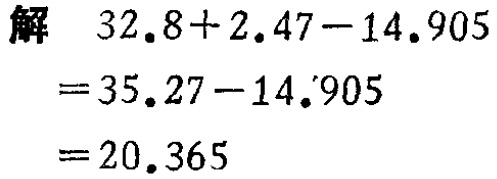
```
解
$32.8 + 2.47 - 14.905$
$=35.27 - 14.905$
$=20.365$
```